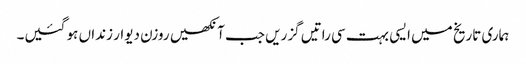
ہماری تاریخ میں ایسی بہت سی راتیں گزریں جب آنکھیں روزن دیوار زنداں ہو گئیں۔